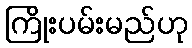
ကြိုးပမ်းမည်ဟု